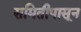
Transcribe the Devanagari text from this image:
समितीपासून